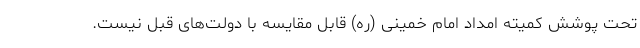
تحت پوشش کمیته امداد امام خمینی (ره) قابل مقایسه با دولت‌های قبل نیست.